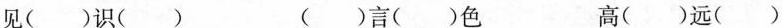
见()识() ()言()色 高()远()